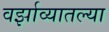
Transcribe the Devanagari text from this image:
वर्झाव्यातल्या